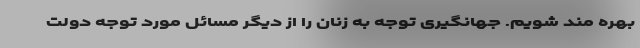
بهره مند شویم. جهانگیری توجه به زنان را از دیگر مسائل مورد توجه دولت